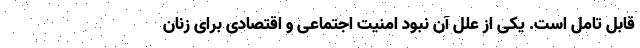
قابل تامل است. یکی از علل آن نبود امنیت اجتماعی و اقتصادی برای زنان